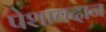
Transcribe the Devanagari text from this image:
पेशाबदान